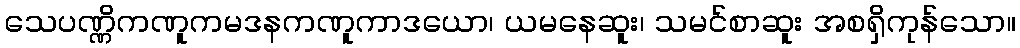
သေပဏ္ဏိကဏူကမဒနကဏူကာဒယော၊ ယမနေဆူး၊ သမင်စာဆူး အစရှိကုန်သော။